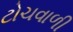
ટોચવાળી